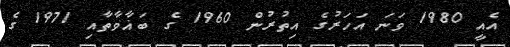
އެއީ 1980 ވަނަ އަހަރުގެ އިތުރުން 1960 ގެ ބަޣާވާތާއި 1971 ގެ